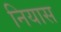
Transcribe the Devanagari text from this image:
नियास